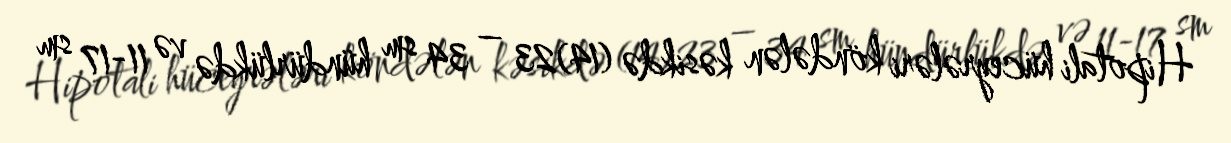
Hipotali hüceyrələri köndələn kəsikdə (14)23 – 34 sm hündürlükdə və 11-17 sm